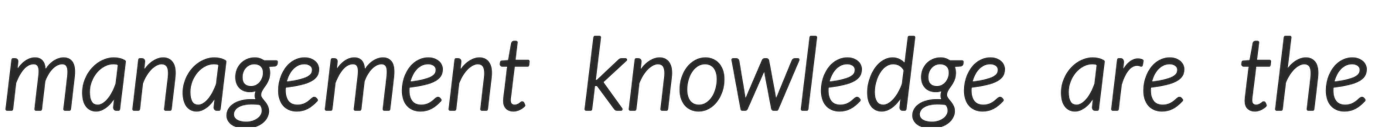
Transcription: management knowledge are the